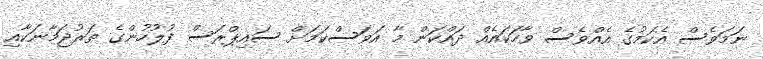
ނަމަވެސް އެކަމުގެ އެއްވެސް ވާހަކައެއް ދައްކަން މާ އަވަސްކަމަށް ސައިޕްރަސް ފުލުހުންގެ ތަރުޖަމާނަކާއި